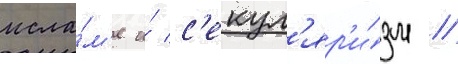
исла́м'е и́ с'екул'яр'и́зм //